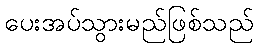
ပေးအပ်သွားမည်ဖြစ်သည်